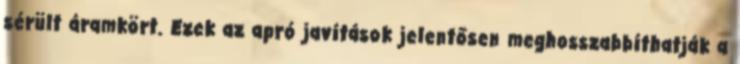
sérült áramkört. Ezek az apró javítások jelentősen meghosszabbíthatják a